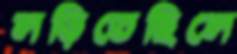
লড়িতেছিলে